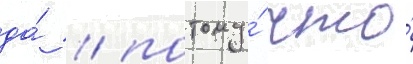
да́ / потому́ что́